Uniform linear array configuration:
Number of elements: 8
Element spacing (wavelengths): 0.75
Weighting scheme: kaiser
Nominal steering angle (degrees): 30
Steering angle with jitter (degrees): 30.653
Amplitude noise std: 0.05
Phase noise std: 0.05

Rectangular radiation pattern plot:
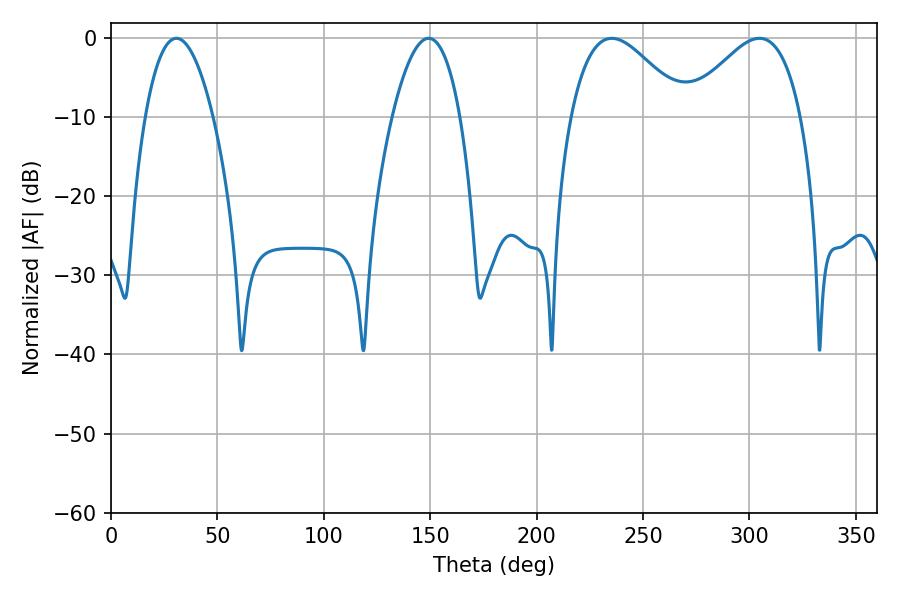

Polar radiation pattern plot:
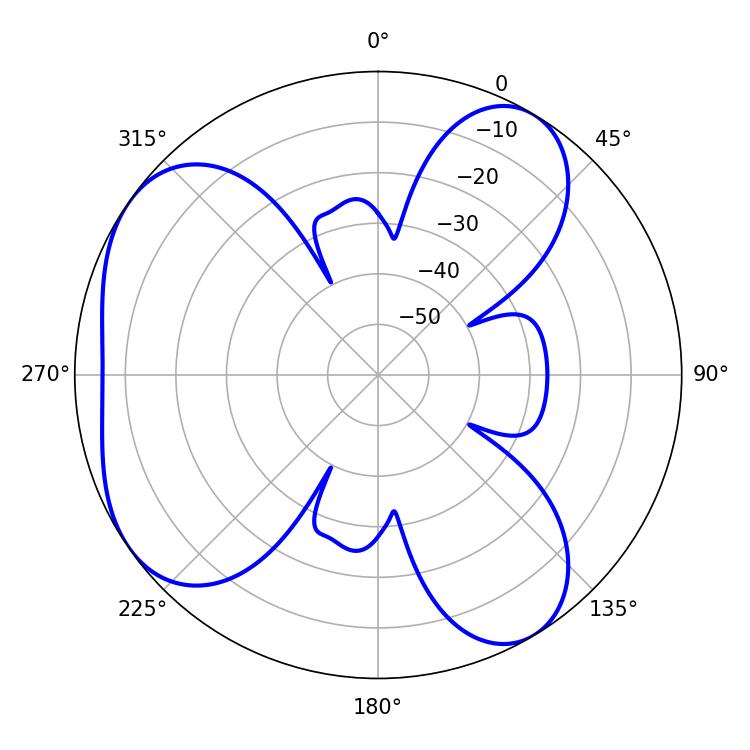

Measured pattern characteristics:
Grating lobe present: TRUE
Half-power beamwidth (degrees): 28.98
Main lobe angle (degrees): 235.26